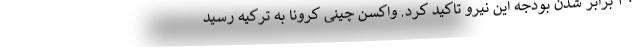
۳۰ برابر شدن بودجه این نیرو تاکید کرد. واکسن چینی کرونا به ترکیه رسید